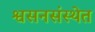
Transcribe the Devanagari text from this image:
श्वसनसंस्थेत